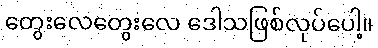
တွေးလေတွေးလေ ဒေါသဖြစ်လုပ်ပေါ့။